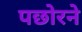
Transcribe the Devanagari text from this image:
पछोरने